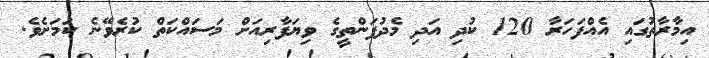
އިމާރާތުގައި އެއްފަހަރާ 120 ކުދި އަދި މެދުފަންތީގެ ވިޔަފާރިއަށް މަސައްކަތް ކުރެވޭނެ ކަމަށެވެ.